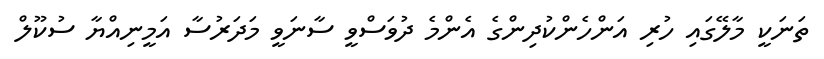
ތަނަކީ މާލޭގައި ހުރި އަންހެންކުދިންގެ އެންމެ ދުވަސްވީ ސާނަވީ މަދަރުސާ އަމީނިއްޔާ ސުކޫލް